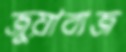
জুয়াবাজ